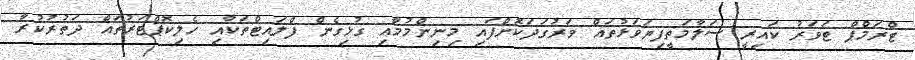
ޓްރަމްޕް ޓަވަރު ކައިރީ ސަލާމަތީފިޔަވަޅުތައް ވަރުގަދަކޮށްފައި މިނިންމުމާއި ގުޅިގެން ފްލައިޓްތަކާއި ހެލިކޮޕްޓަރުތައް ދަތުރުކުރާ